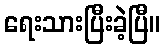
ရေးသားပြီးခဲ့ပြီ။